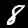
Label: 8